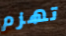
تهزم